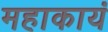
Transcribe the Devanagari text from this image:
महाकायं